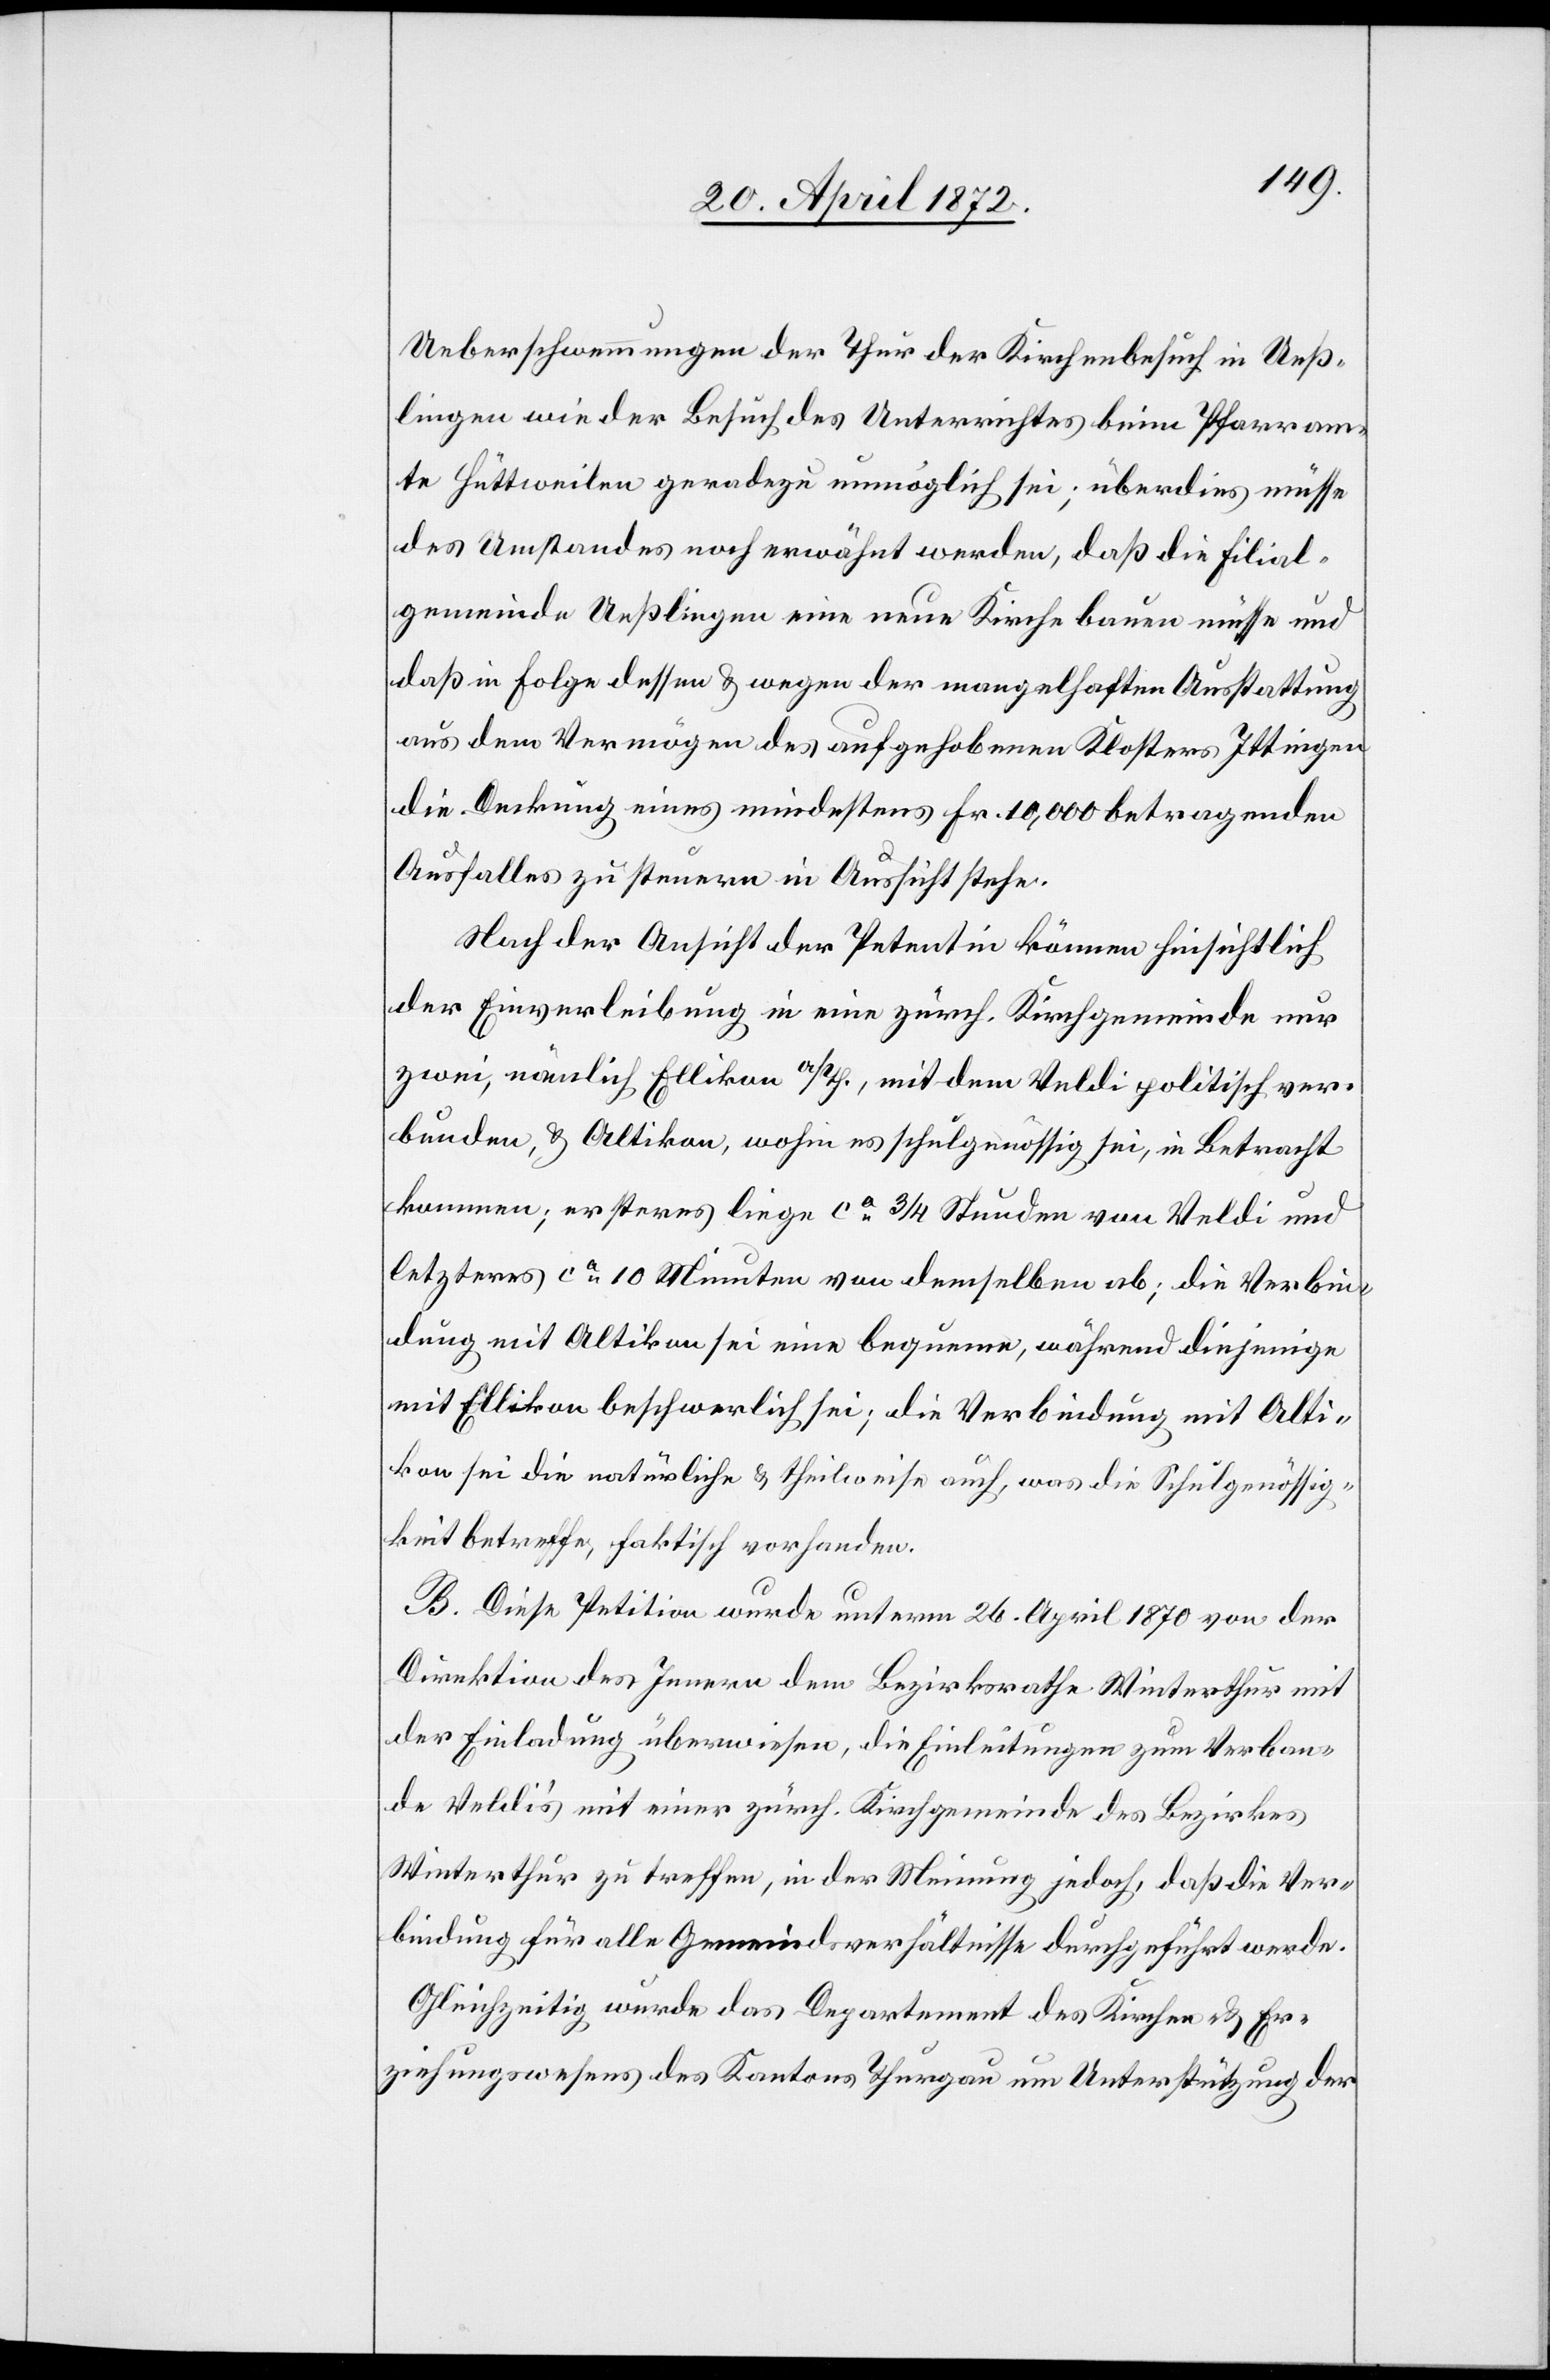
Ueberschwemmungen der Thur der Kirchenbesuch in Ueß¬
lingen wie der Besuch des Unterrichtes beim Pfarram¬
te Hüttweilen geradezu unmöglich sei; überdieß müsse
des Umstandes noch erwähnt werden, daß die Filial¬
gemeinde Ueßlingen eine neue Kirche bauen müsse und
daß in Folge dessen u. wegen der mangelhaften Ausstattung
aus dem Vermögen des aufgehobenen Klosters Ittingen
die Deckung eines mindestens Fr. 10,000 betragenden
Ausfalles zu steuern in Aussicht stehe.
Nach der Ansicht der Petentin können hinsichtlich
der Einverleibung in eine zürch. Kirchgemeinde nur
zwei, nämlich Ellikon a/Th., mit dem Veldi politisch ver¬
bunden, u. Altikon, wohin es schulgenossig sei, in Betracht
kommen; ersteres liege ca 3/4 Stunden von Veldi und
letzteres ca 10 Minuten von demselben ab; die Verbin¬
dung mit Altikon sei eine bequeme, während diejenige
mit Ellikon beschwerlich sei; die Verbindung mit Alti¬
kon sei die natürliche u. theilweise auch, was die Schulgenössig¬
keit betreffe, faktisch vorhanden.
B. Diese Petition wurde unterm 26. April 1870 von der
Direktion des Innern dem Bezirksrathe Winterthur mit
der Einladung überwiesen, die Einleitungen zum Verban¬
de Veldi’s mit einer zürch. Kirchgemeinde des Bezirkes
Winterthur zu treffen, in der Meinung jedoch, daß die Ver¬
bindung für alle Gemeindsverhältnisse durchgeführt werde.
Gleichzeitig wurde das Departement des Kirchen- u. Er¬
ziehungswesens des Kantons Thurgau um Unterstützung der